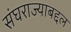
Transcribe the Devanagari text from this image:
संघराज्याबद्दल